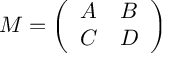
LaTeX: M = \left( \begin{array} { c c } { { A } } & { { B } } \\ { { C } } & { { D } } \end{array} \right)